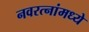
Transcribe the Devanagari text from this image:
नवरत्‍नांमध्ये